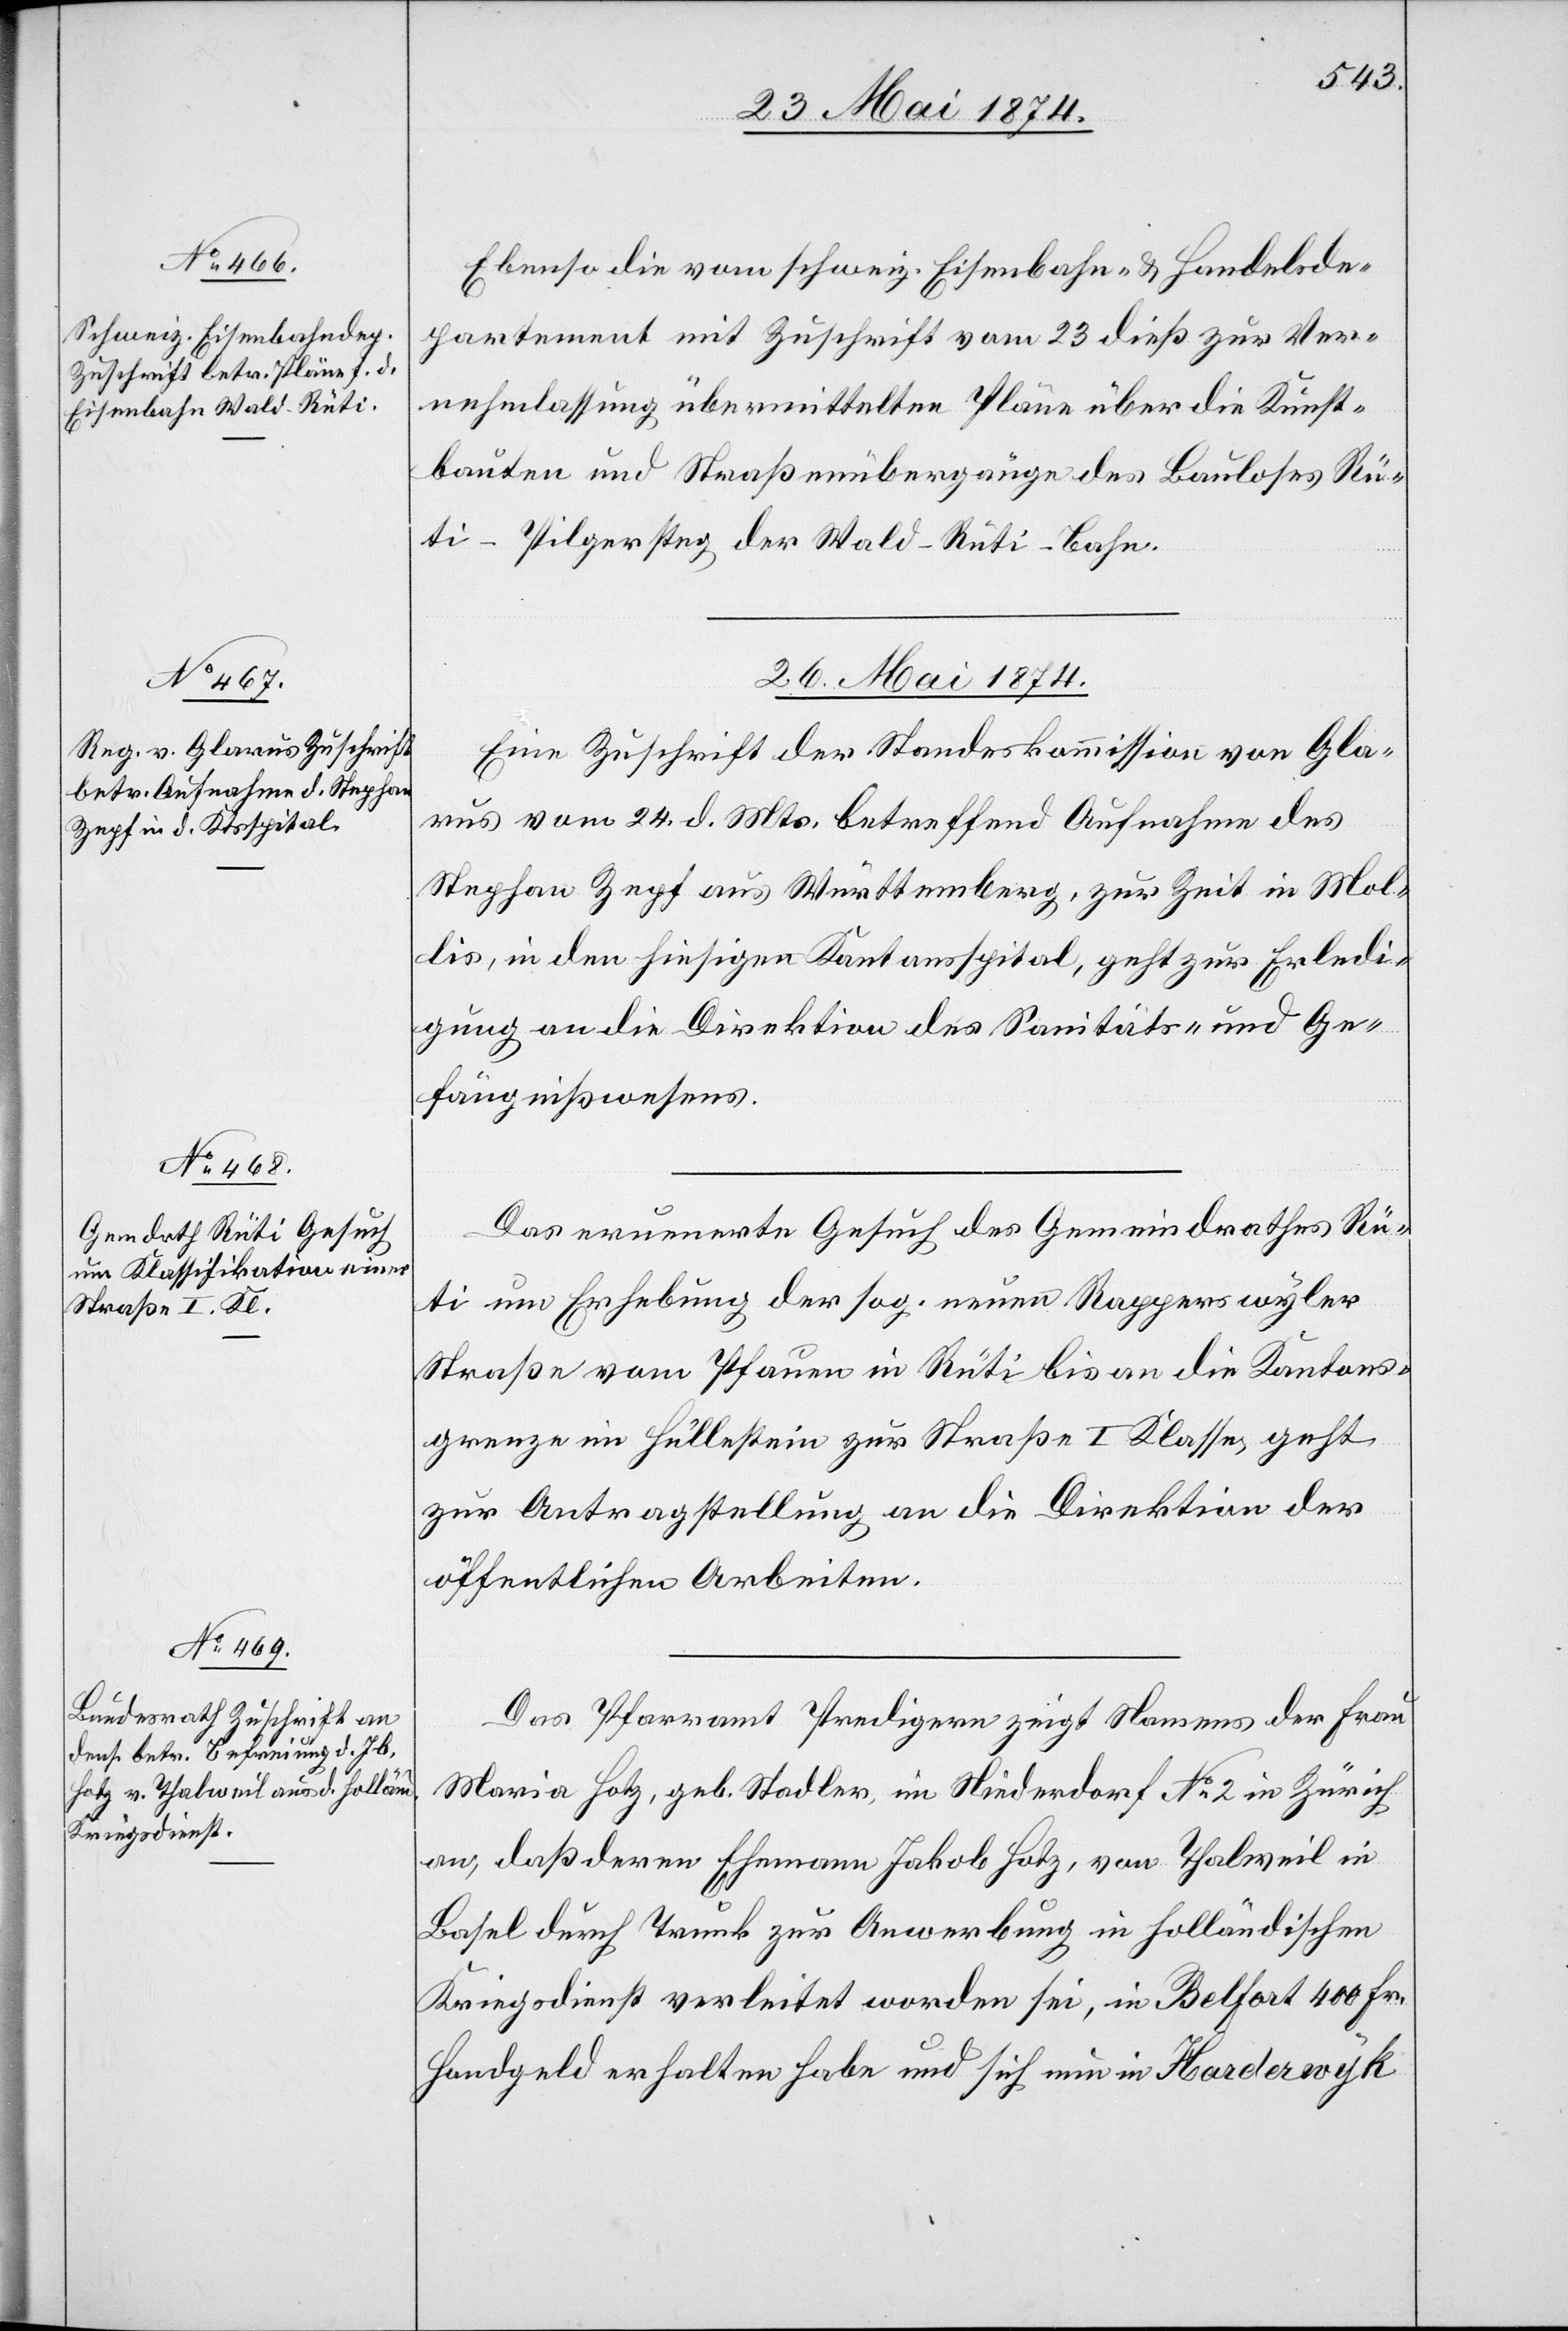
[rec¬
25. Mai 1874.
Ebenso die vom schweiz. Eisenbahn- u. Handelsde¬
partement mit Zuschrift vom 23. dieß zur Ver¬
nehmlassung übermittelten Pläne über die Kunst¬
bauten und Straßenübergänge des Bauloses Rü¬
ti-Pilgersteg der Wald-Rüti-Bahn.
26. Mai 1874.]
Eine Zuschrift der Standeskommission von Gla¬
rus vom 24. d. Mts. betreffend Aufnahme des
Stephan Zepf aus Württemberg, zur Zeit in Mol¬
dis, in dem hiesigen Kantonsspital, geht zur Erledi¬
gung an die Direktion des Sanitäts- und Ge¬
fängnißwesens.
te: erneuerte] Gesuch des Gemeindrathes Rü¬
ti um Erhebung der sog. neuen Rapperswyler
Straße vom Pfauen in Rüti bis an die Kantons¬
grenze im Hullestein zur Straße I. Klasse geht
zur Antragstellung an die Direktion der
öffentlichen Arbeiten.
Das Pfarramt Predigern zeigt Namens der Frau
Maria Hotz, geb. Stadler, im Niederdorf No 2 in Zürich
an, daß deren Ehemann Jakob Hotz, von Thalweil in
Basel durch Trunk zur Anwerbung in holländischen
Kriegsdienst verleitet worden sei, in Belfast 400 Fr.
Handgeld erhalten habe und sich nun in Harderwyk